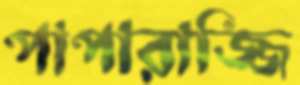
পাপারাজ্জি